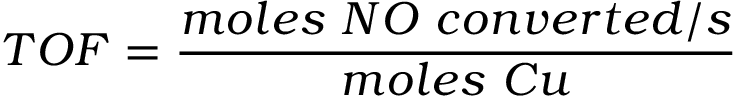
T O F = \frac { m o l e s \ N O \ c o n v e r t e d / s } { m o l e s \ C u }